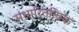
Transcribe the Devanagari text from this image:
संधारितत्विक